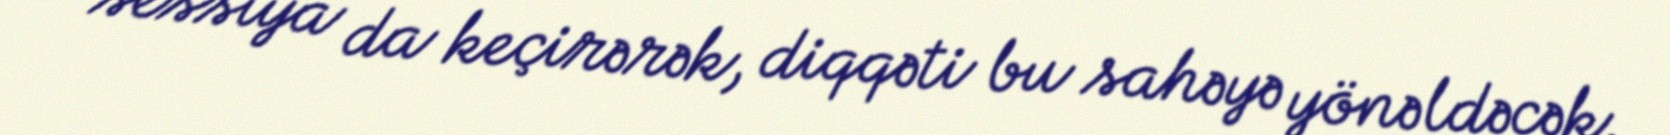
sessiya da keçirərək, diqqəti bu sahəyə yönəldəcək.